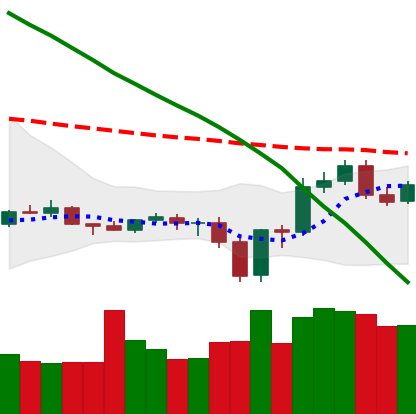
Ticker: ETC-USD
Chart end date: 2019-12-25
Forward return: 13.771%
Label: up_7plus